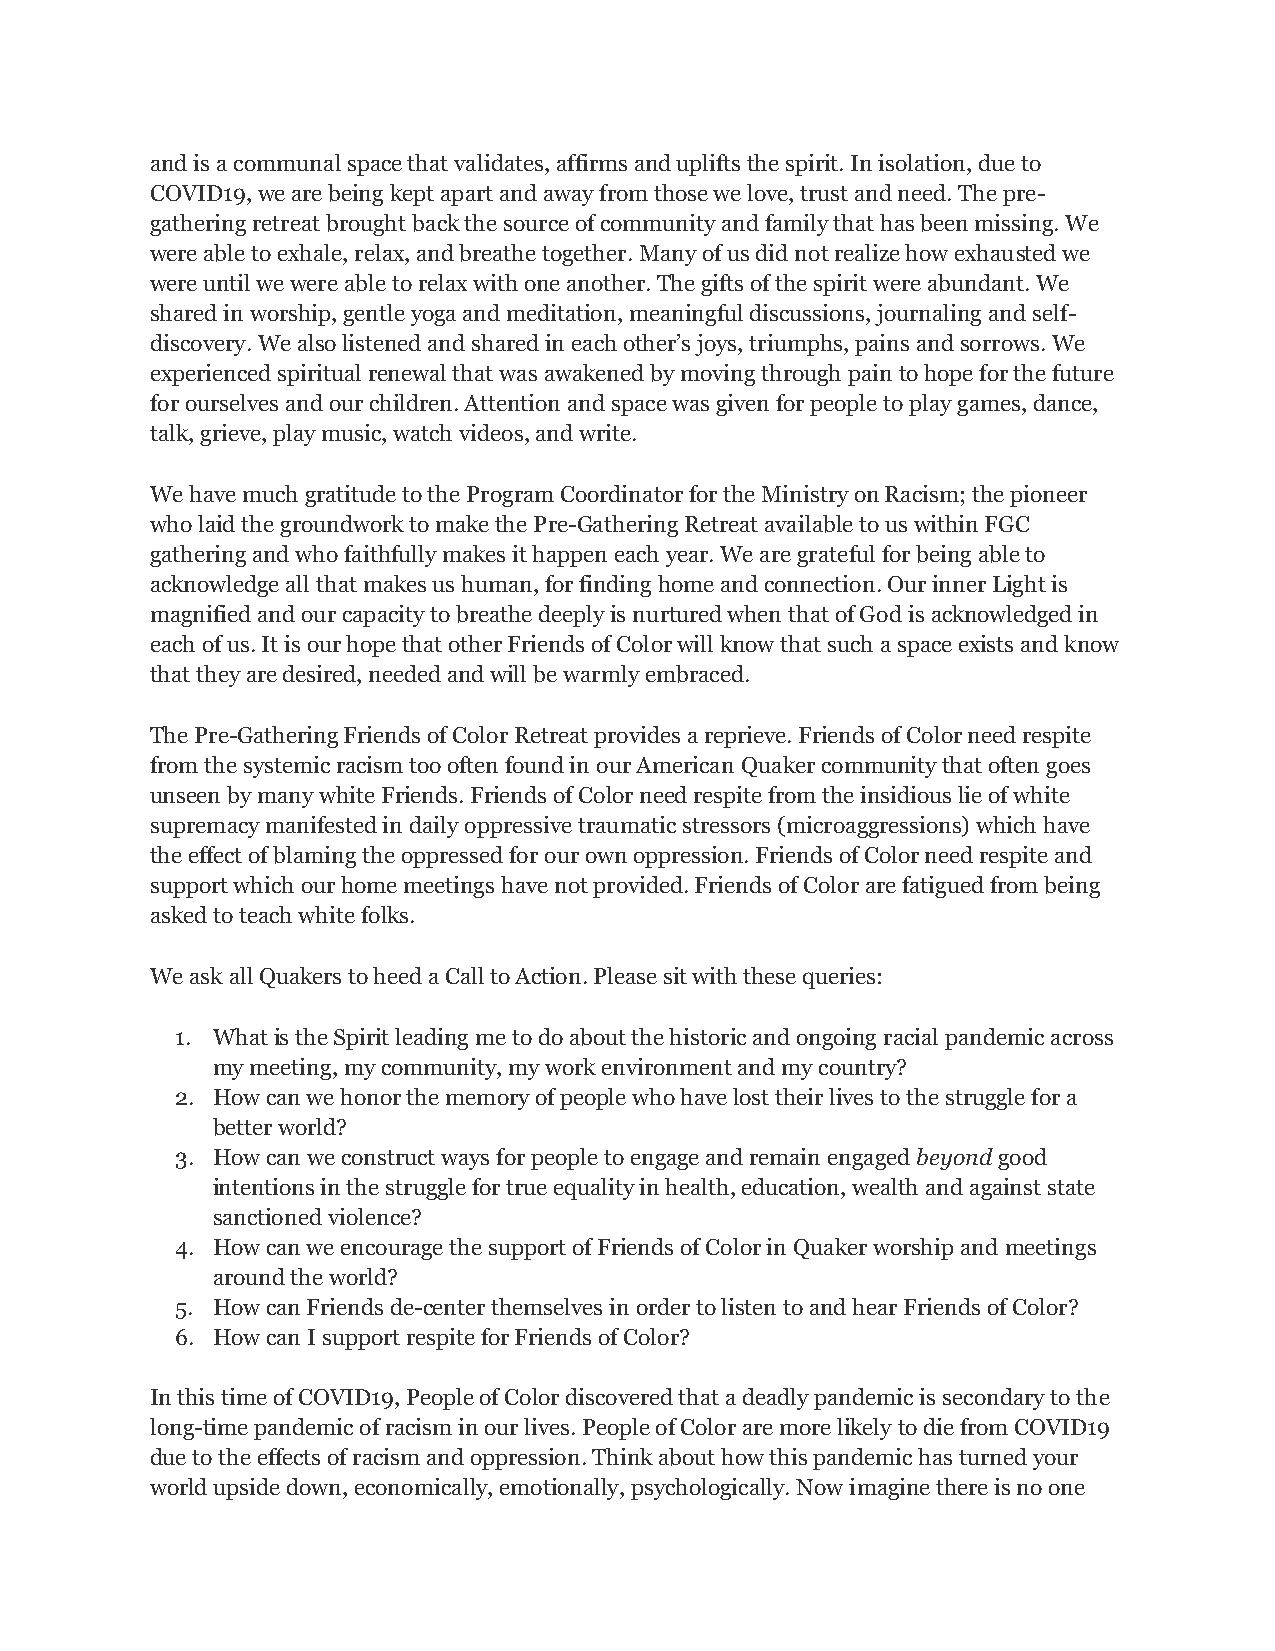
and is a communal space that validates, affirms and uplifts the spirit. In isolation, due to
 COVID19, we are being kept apart and away from those we love, trust and need. The pre-
 gathering retreat brought back the source of community and family that has been missing. We
 were able to exhale, relax, and breathe together. Many of us did not realize how exhausted we
 were until we were able to relax with one another. The gifts of the spirit were abundant. We
 shared in worship, gentle yoga and meditation, meaningful discussions, journaling and self-
 discovery. We also listened and shared in each other’s joys, triumphs, pains and sorrows. We
 experienced spiritual renewal that was awakened by moving through pain to hope for the future
 for ourselves and our children. Attention and space was given for people to play games, dance,
 talk, grieve, play music, watch videos, and write.
 We have much gratitude to the Program Coordinator for the Ministry on Racism; the pioneer
 who laid the groundwork to make the Pre-Gathering Retreat available to us within FGC
 gathering and who faithfully makes it happen each year. We are grateful for being able to
 acknowledge all that makes us human, for finding home and connection. Our inner Light is
 magnified and our capacity to breathe deeply is nurtured when that of God is acknowledged in
 each of us. It is our hope that other Friends of Color will know that such a space exists and know
 that they are desired, needed and will be warmly embraced.
 The Pre-Gathering Friends of Color Retreat provides a reprieve. Friends of Color need respite
 from the systemic racism too often found in our American Quaker community that often goes
 unseen by many white Friends. Friends of Color need respite from the insidious lie of white
 supremacy manifested in daily oppressive traumatic stressors (microaggressions) which have
 the effect of blaming the oppressed for our own oppression. Friends of Color need respite and
 support which our home meetings have not provided. Friends of Color are fatigued from being
 asked to teach white folks.
 We ask all Quakers to heed a Call to Action. Please sit with these queries:
 1. What is the Spirit leading me to do about the historic and ongoing racial pandemic across
 my meeting, my community, my work environment and my country?
 2. How can we honor the memory of people who have lost their lives to the struggle for a
 better world?
 3. How can we construct ways for people to engage and remain engaged beyond good
 intentions in the struggle for true equality in health, education, wealth and against state
 sanctioned violence?
 4. How can we encourage the support of Friends of Color in Quaker worship and meetings
 around the world?
 5. How can Friends de-center themselves in order to listen to and hear Friends of Color?
 6. How can I support respite for Friends of Color?
 In this time of COVID19, People of Color discovered that a deadly pandemic is secondary to the
 long-time pandemic of racism in our lives. People of Color are more likely to die from COVID19
 due to the effects of racism and oppression. Think about how this pandemic has turned your
 world upside down, economically, emotionally, psychologically. Now imagine there is no one